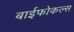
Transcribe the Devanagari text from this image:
बाईफोकल्स